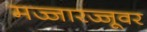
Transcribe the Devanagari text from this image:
मज्जारज्जूवर